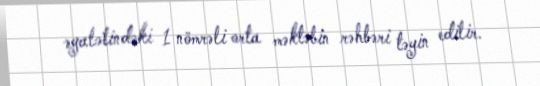
əyalətindəki 1 nömrəli orta məktəbin rəhbəri təyin edilir.